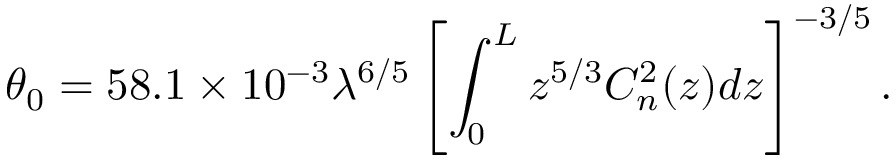
\theta _ { 0 } = 5 8 . 1 \times 1 0 ^ { - 3 } \lambda ^ { 6 / 5 } \left[ \int _ { 0 } ^ { L } z ^ { 5 / 3 } C _ { n } ^ { 2 } ( z ) d z \right] ^ { - 3 / 5 } .